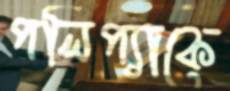
পলিপ্যাকে